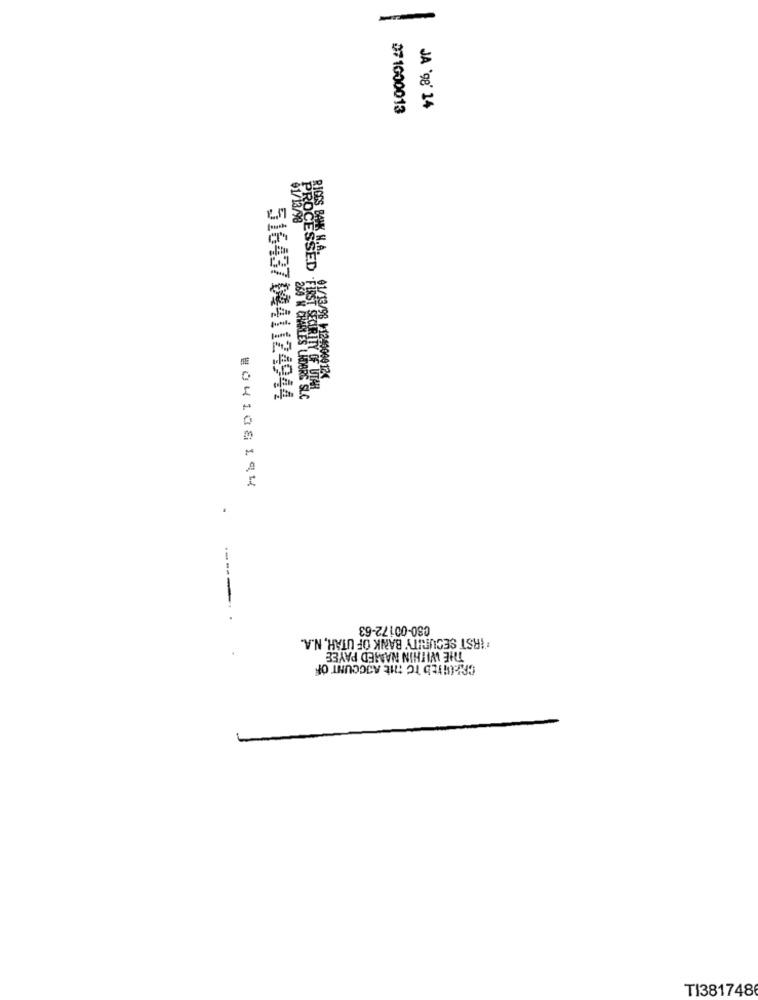
-
07 1000013
JA '98' 24
PROCESSED TUST SCOTTTO UTAN
516437 0441124944
268 H CHARLES UDBRE SLC
#04108144
-----
080-00172-63
"IRST SECURITY BANK OF UTAH, N.A.
THE WITHIN NAMED PAYEE
CAROLIED TO MIE AJCOUNT OF
TI381748